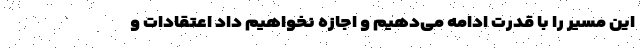
این مسیر را با قدرت ادامه می‌دهیم و اجازه نخواهیم داد اعتقادات و